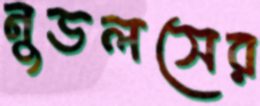
নুডলসের